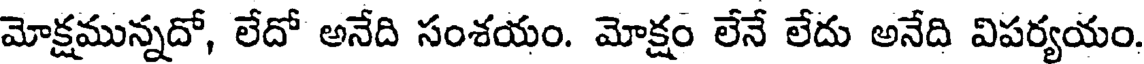
మోక్షమున్నదో, లేదో అనేది సంశయం. మోక్షం లేనే లేదు అనేది విపర్యయం.